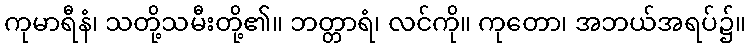
ကုမာရီနံ၊ သတို့သမီးတို့၏။ ဘတ္တာရံ၊ လင်ကို။ ကုတော၊ အဘယ်အရပ်၌။